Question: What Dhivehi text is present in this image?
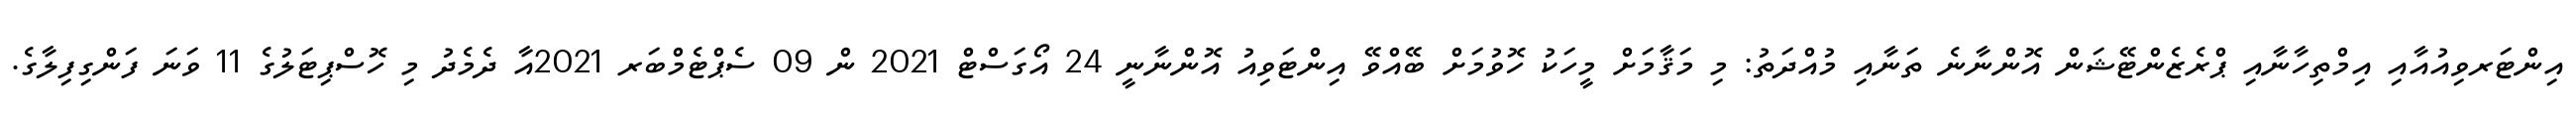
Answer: އިންޓަރވިއުއާއި އިމްތިހާނާއި ޕްރެޒެންޓޭޝަން އޮންނާނެ ތަނާއި މުއްދަތު: މި މަޤާމަށް މީހަކު ހޮވުމަށް ބޭއްވޭ އިންޓަވިއު އޮންނާނީ 24 އޯގަސްޓް 2021 ން 09 ސެޕްޓެމްބަރ 2021އާ ދެމެދު މި ހޮސްޕިޓަލުގެ 11 ވަނަ ފަންގިފިލާގެ.